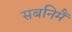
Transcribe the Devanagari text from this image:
सबनिमैं